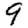
Digit: 9